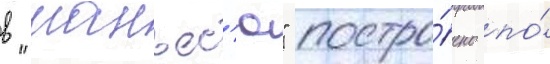
в "манъес'ю" постро́ено по́